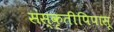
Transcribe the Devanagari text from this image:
संस्कृतीपिपासू